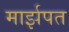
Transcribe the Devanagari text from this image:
मार्झपत